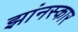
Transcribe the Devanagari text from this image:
झांनस्कार